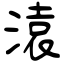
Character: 溒